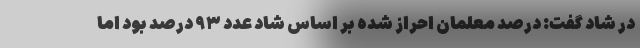
در شاد گفت: درصد معلمان احراز شده بر اساس شاد عدد ۹۳ درصد بود اما